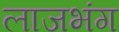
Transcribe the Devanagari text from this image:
लाजभंग